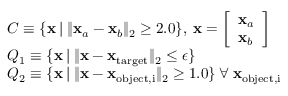
\begin{array} { r l } & { C \equiv \{ \mathbf x \: | \: \| \mathbf x _ { a } - \mathbf x _ { b } \| _ { 2 } \geq 2 . 0 \} , \: \mathbf x = \left[ \begin{array} { l } { \mathbf x _ { a } } \\ { \mathbf x _ { b } } \end{array} \right] } \\ & { Q _ { 1 } \equiv \{ \mathbf x \: | \: \| \mathbf x - \mathbf x _ { \mathrm { t a r g e t } } \| _ { 2 } \leq \epsilon \} } \\ & { Q _ { 2 } \equiv \{ \mathbf x \: | \: \| \mathbf x - \mathbf x _ { \mathrm { o b j e c t , i } } \| _ { 2 } \geq 1 . 0 \} \: \forall \: \mathbf x _ { \mathrm { o b j e c t , i } } } \end{array}